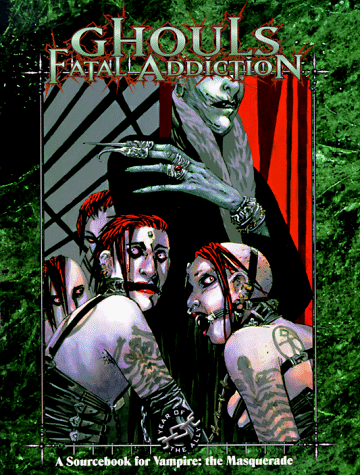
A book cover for Ghouls: Fatal Addiction (Vampire: The Masquerade); Ronni Radner; Science Fiction & Fantasy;